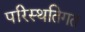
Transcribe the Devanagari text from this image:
परिस्थतिगत